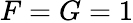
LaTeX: F=G=1